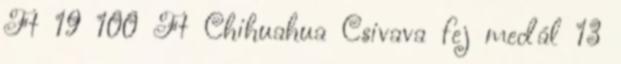
Ft 19 100 Ft Chihuahua Csivava fej medál 13